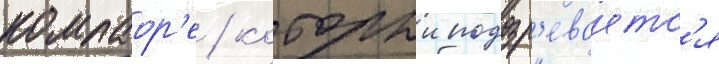
компаор'е / которыи подозр'еваетс'я